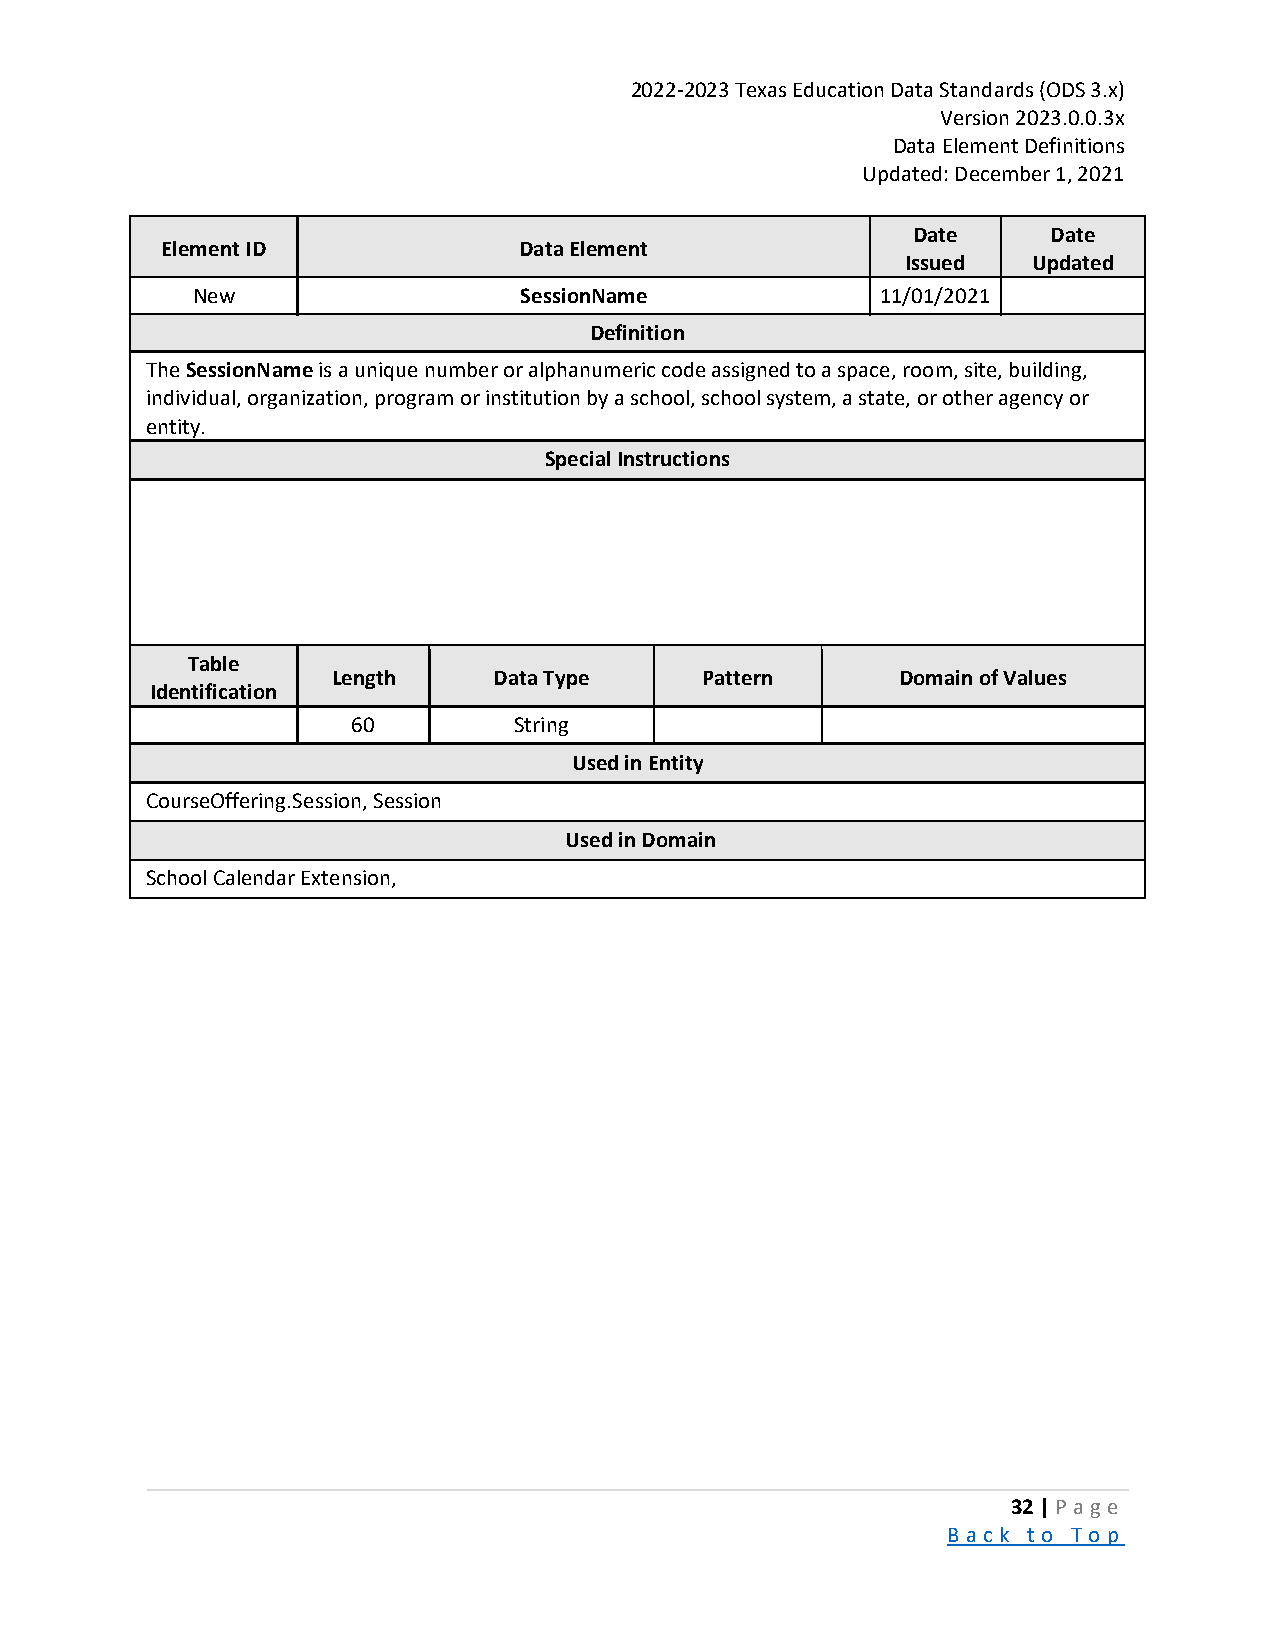
2022-2023 Texas Education Data Standards (ODS 3.x)
 Version 2023.0.0.3x
 Data Element Definitions
 Updated: December 1, 2021
 Date      Date
 Element ID             Data Element
 Issued  Updated
 New                  SessionName             11/01/2021
 Definition
 The SessionName is a unique number or alphanumeric code assigned to a space, room, site, building,
 individual, organization, program or institution by a school, school system, a state, or other agency or
 entity.
 Special Instructions
 Table
 Length     Data Type    Pattern       Domain of Values
 Identification
 60         String
 Used in Entity
 CourseOffering.Session, Session
 Used in Domain
 School Calendar Extension,
 32 | P a ge
 B a ck to To p